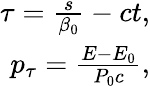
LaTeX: \begin{array}{r}{\tau=\frac{s}{\beta_{0}}-ct,}\\ {p_{\tau}=\frac{E-E_{0}}{P_{0}c},}\end{array}